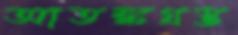
আতঙ্কগ্রস্ত